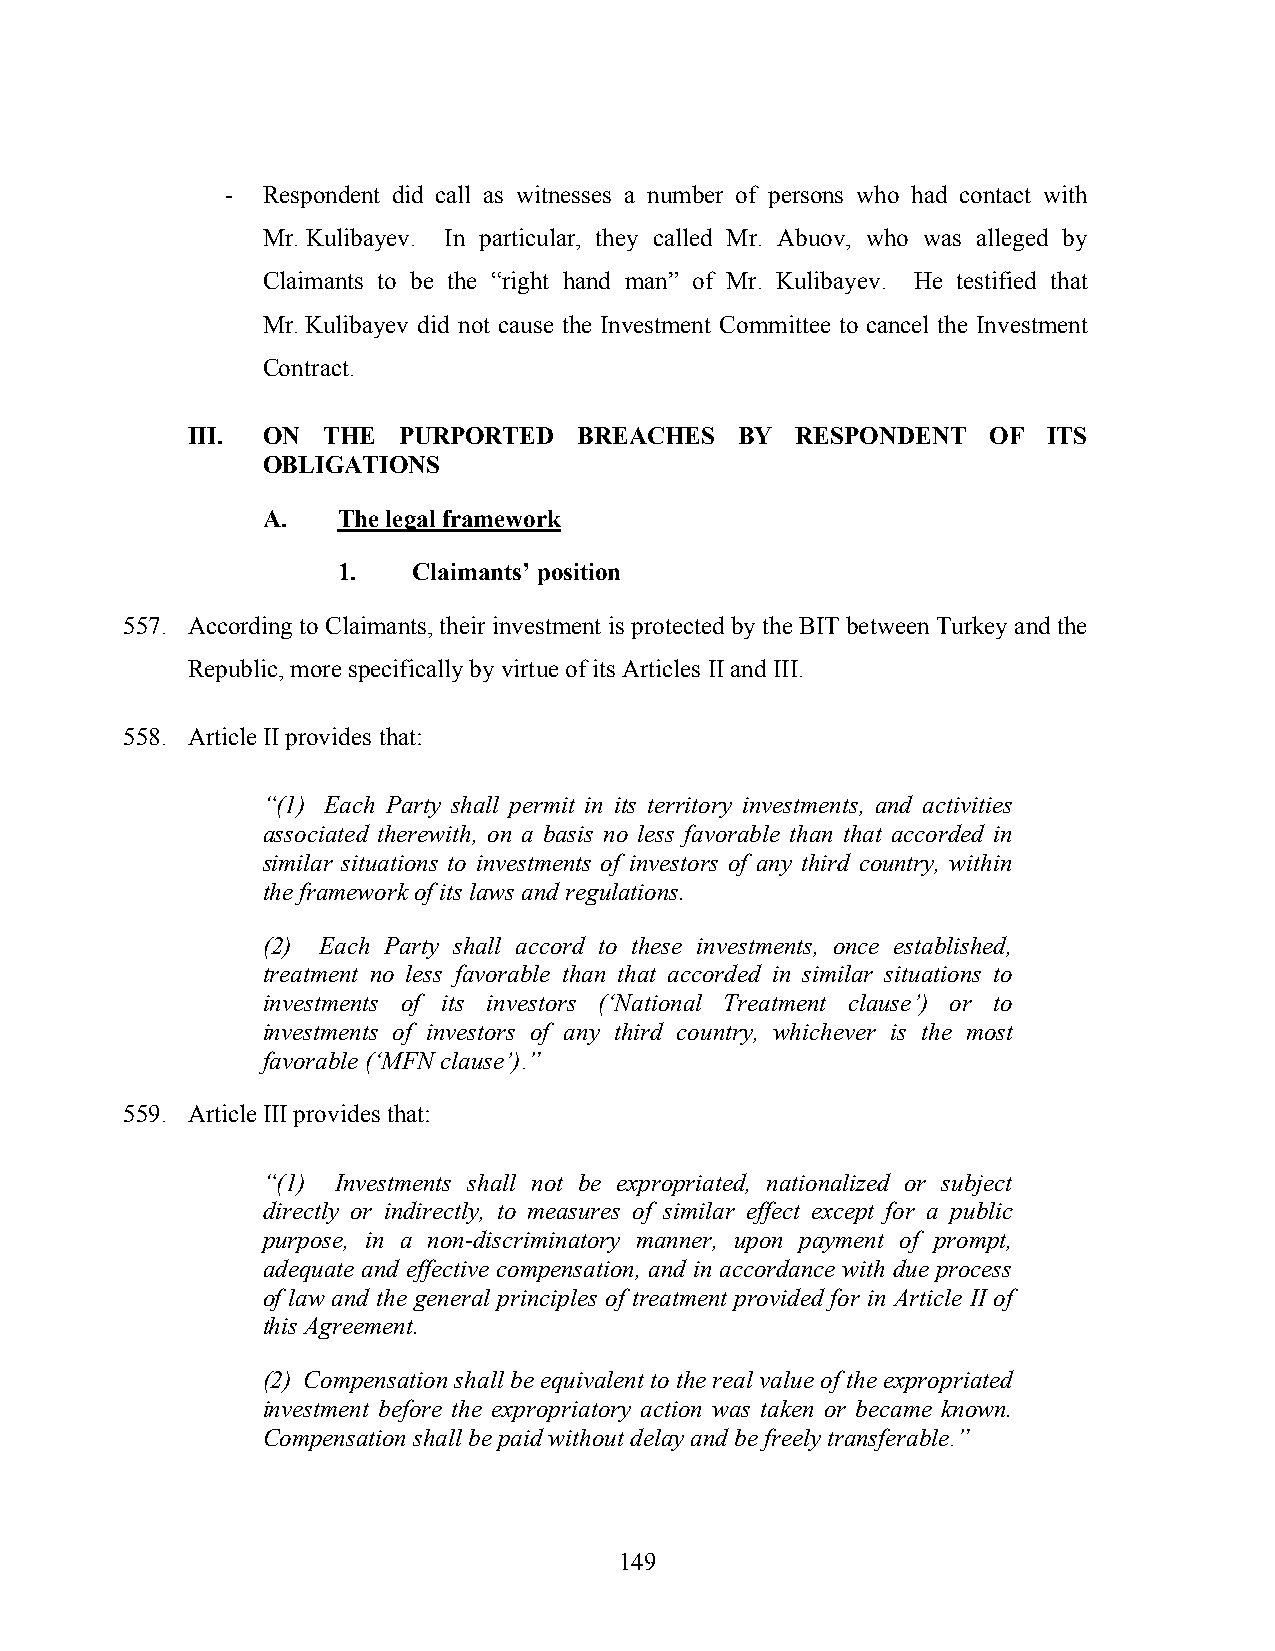
- Respondent did call as witnesses a number of persons who had contact with
 Mr. Kulibayev. In particular, they called Mr. Abuov, who was alleged by
 Claimants to be the “right hand man” of Mr. Kulibayev. He testified that
 Mr. Kulibayev did not cause the Investment Committee to cancel the Investment
 Contract.
 III. ON  THE  PURPORTED   BREACHES   BY  RESPONDENT  OF  ITS
 OBLIGATIONS
 A.   The legal framework
 1.   Claimants’ position
 557. According to Claimants, their investment is protected by the BIT between Turkey and the
 Republic, more specifically by virtue of its Articles II and III.
 558. Article II provides that:
 “(1) Each Party shall permit in its territory investments, and activities
 associated therewith, on a basis no less favorable than that accorded in
 similar situations to investments of investors of any third country, within
 the framework of its laws and regulations.
 (2) Each Party shall accord to these investments, once established,
 treatment no less favorable than that accorded in similar situations to
 investments of its investors (‘National Treatment clause’) or to
 investments of investors of any third country, whichever is the most
 favorable (‘MFN clause’).”
 559. Article III provides that:
 “(1) Investments shall not be expropriated, nationalized or subject
 directly or indirectly, to measures of similar effect except for a public
 purpose, in a non-discriminatory manner, upon payment of prompt,
 adequate and effective compensation, and in accordance with due process
 of law and the general principles of treatment provided for in Article II of
 this Agreement.
 (2) Compensation shall be equivalent to the real value of the expropriated
 investment before the expropriatory action was taken or became known.
 Compensation shall be paid without delay and be freely transferable.”
 149